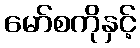
မော်စကိုနှင့်